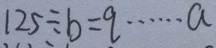
1 2 5 \div b = q \cdots a